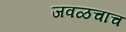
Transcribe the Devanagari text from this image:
जवळचाच